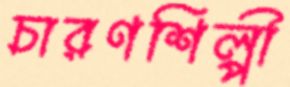
চারণশিল্পী